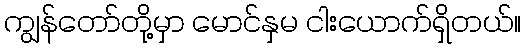
ကျွန်တော်တို့မှာ မောင်နှမ ငါးယောက်ရှိတယ်။